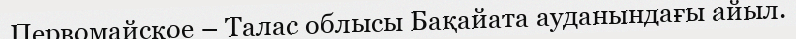
Первомайское – Талас облысы Бақайата ауданындағы айыл.